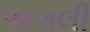
અગલી